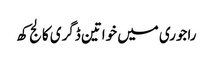
راجوری میں خواتین ڈگری کالج کھ